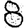
Digit: 8